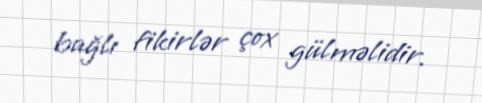
bağlı fikirlər çox gülməlidir.